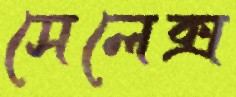
সেলেক্স